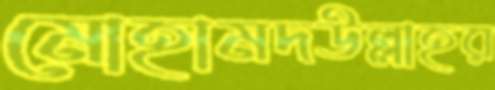
মোহামদউল্লাহর